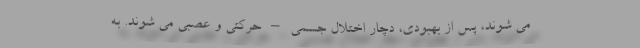
می شوند، پس از بهبودی، دچار اختلال جسمی – حرکتی و عصبی می شوند. به